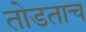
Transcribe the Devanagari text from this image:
तोडताच